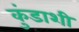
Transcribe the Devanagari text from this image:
कुंडाशी